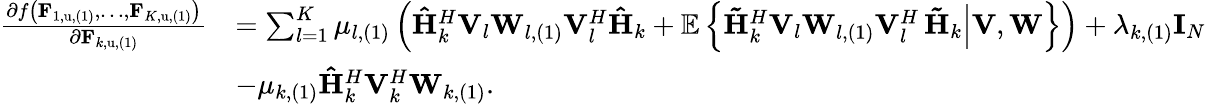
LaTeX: \begin{array}{rl}{\frac{\partial f\left(\mathbf{F}_{1,\mathrm{u},(1)},\dots,\mathbf{F}_{K,\mathrm{u},(1)}\right)}{\partial\mathbf{F}_{k,\mathrm{u},(1)}}}&{=\sum_{l=1}^{K}{\mu_{l,(1)}\left(\mathbf{\hat{H}}_{k}^{H}\mathbf{V}_{l}\mathbf{W}_{l,(1)}\mathbf{V}_{l}^{H}\mathbf{\hat{H}}_{k}+\mathbb{E}\left\{ \mathbf{\tilde{H}}_{k}^{H}\mathbf{V}_{l}\mathbf{W}_{l,(1)}\mathbf{V}_{l}^{H}\left.\mathbf{\tilde{H}}_{k}\right|\mathbf{V},\mathbf{W}\right\} \right)}+\lambda_{k,(1)}\mathbf{I}_{N}}\\ &{-\mu_{k,(1)}\mathbf{\hat{H}}_{k}^{H}\mathbf{V}_{k}^{H}\mathbf{W}_{k,(1)}.}\end{array}